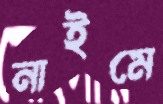
নাইমে